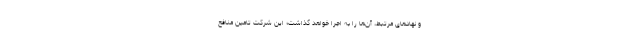
و نهادهای مرتبط، آن‌ها را به اجرا خواهد گذاشت؛ این شرکت تامین منافع